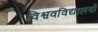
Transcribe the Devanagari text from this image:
विश्ववविद्यालयों